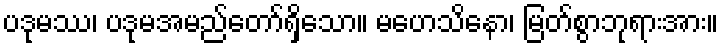
ပဒုမဿ၊ ပဒုမအမည်တော်ရှိသော။ မဟေသိနော၊ မြတ်စွာဘုရားအား။